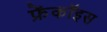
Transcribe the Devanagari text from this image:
फ्रेंकॉइस